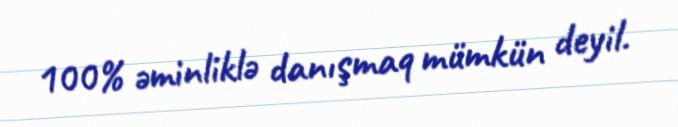
100% əminliklə danışmaq mümkün deyil.